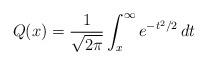
LaTeX: \begin{align*}Q(x)=\frac{1}{\sqrt{2\pi}}\int_x^{\infty}e^{-t^2/2} \,dt\end{align*}